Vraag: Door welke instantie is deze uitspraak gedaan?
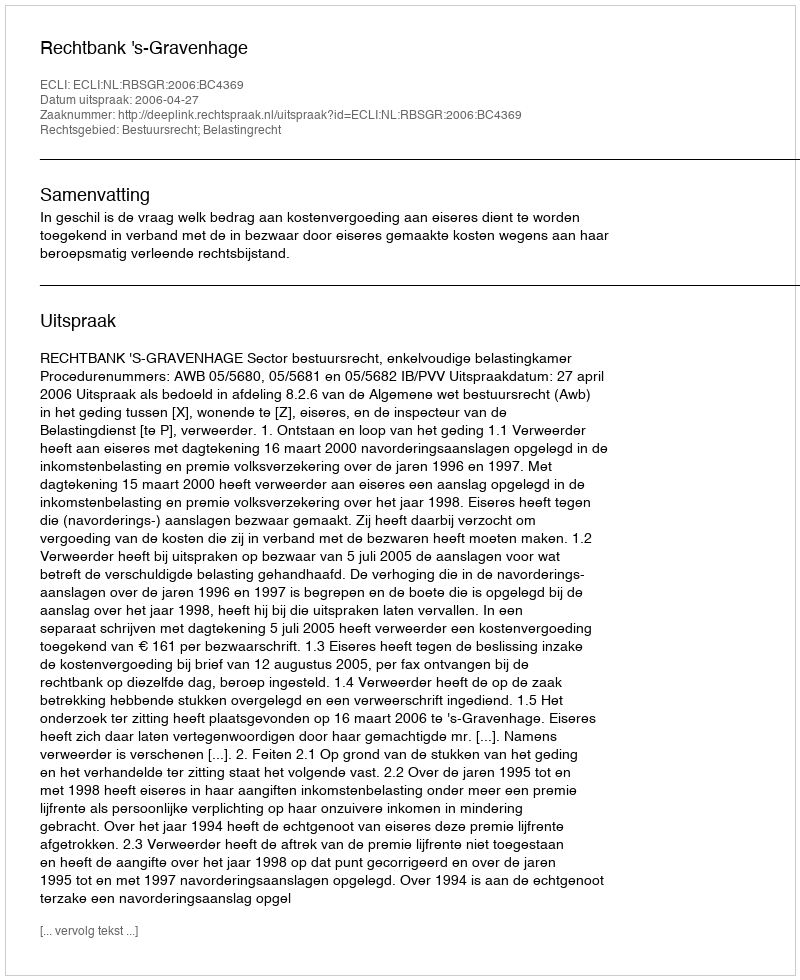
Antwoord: Rechtbank 's-Gravenhage